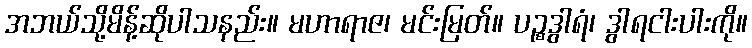
အဘယ်သို့မိန့်ဆိုပါသနည်း။ မဟာရာဇ၊ မင်းမြတ်။ ပဉ္စဒွါရံ၊ ဒွါရငါးပါးကို။